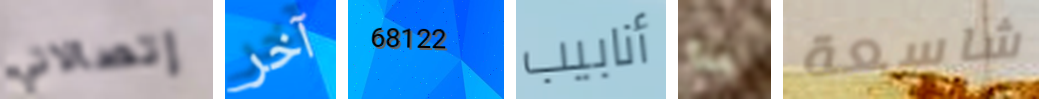
إتصالاتي آخر 68122 أنابيب يا شاسعة